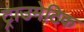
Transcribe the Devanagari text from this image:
ट्राउमेटिक